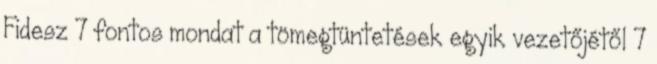
Fidesz 7 fontos mondat a tömegtüntetések egyik vezetőjétől 7